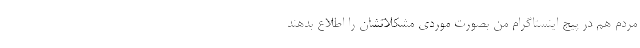
مردم هم در پیج اینستاگرام من بصورت موردی مشکلاتشان را اطلاع بدهند